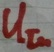
Text: UIn